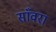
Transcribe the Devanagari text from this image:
साँवरा